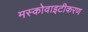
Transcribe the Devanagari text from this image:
मस्कोवाइटीकरण